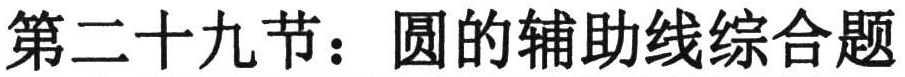
第二十九节：圆的辅助线综合题